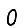
Digit: 0